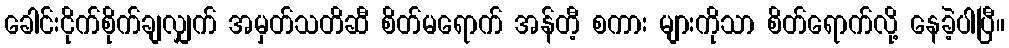
ခေါင်းငိုက်စိုက်ချလျှက် အမှတ်သတိဆီ စိတ်မရောက် အန်တီ့ စကား များကိုသာ စိတ်ရောက်လို့ နေခဲ့ပါပြီ။